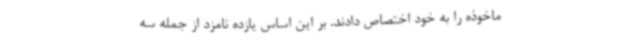
ماخوذه را به خود اختصاص دادند. بر این اساس یازده نامزد از جمله سه